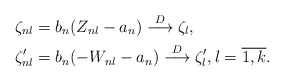
\begin{align*} \zeta_{nl}&= b_n (Z_{nl}-a_n ) \stackrel{D} \longrightarrow \zeta_l ,\\\zeta'_{nl} &= b_n (-W_{nl}-a_n ) \stackrel{D} \longrightarrow\zeta'_l, l={\overline{1, k}} .\end{align*}